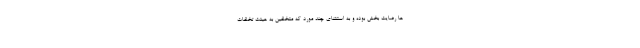
ها رضایت بخش بوده و به استثنای چند مورد که متخلفین به هیئت تخلفات